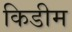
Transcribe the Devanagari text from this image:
किडीम